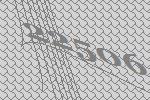
22506